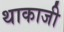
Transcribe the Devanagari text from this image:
थाकाजी